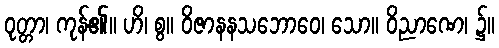
ဝုတ္တာ၊ ကုန်၏။ ဟိ၊ စွ။ ဝိဇာနနသဘောဝေ၊ သော။ ဝိညာဏေ၊ ၌။